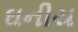
ઘનીય